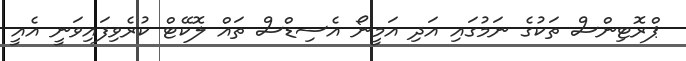
ޕްރޮޓިންސް ތަކުގެ ނަމުގައި އަދި އަމީނޯ އެސިޑްސް ތައް ލޮކޭޓް ކުރެވިފައިވަނީ އެއީ